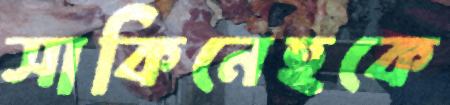
সাকিনেহকে